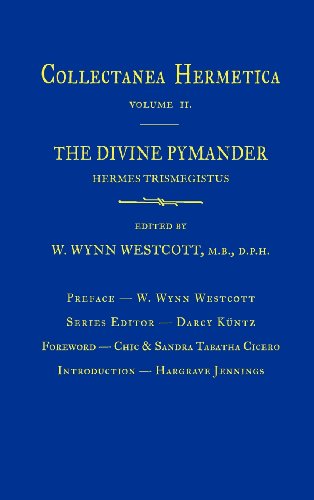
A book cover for Divine Pymander: Collectanea Hermetica Volume 2; Religion & Spirituality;